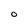
Character: O